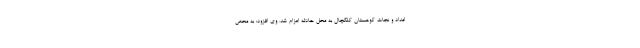
امداد و نجات کوهستان کلکچال به محل حادثه اعزام شد. وی افزود: به محض